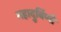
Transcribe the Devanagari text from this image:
महादुर्बिणी